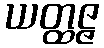
ယတ္ထဇ္ဇ